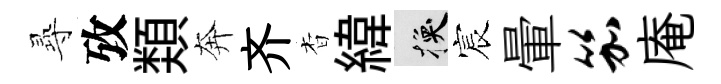
𡬶攷𩔖奔齐杳緯换宸暈笳庵